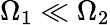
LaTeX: \Omega_{1}\ll\Omega_{2}